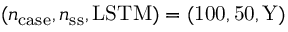
( n _ { \mathrm { c a s e } } , n _ { \mathrm { s s } } , \mathrm { { L S T M } ) = ( 1 0 0 , 5 0 , Y ) }